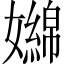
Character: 嬵